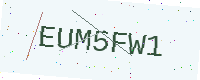
Text: EUM5FW1